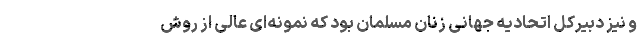
و نیز دبیرکل اتحادیه جهانی زنان مسلمان بود که نمونه‌ای عالی از روش